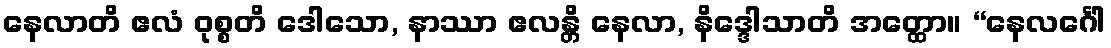
နေလာတိ ဧလံ ဝုစ္စတိ ဒေါသော, နာဿာ ဧလန္တိ နေလာ, နိဒ္ဒေါသာတိ အတ္ထော။ “နေလင်္ဂေါ